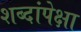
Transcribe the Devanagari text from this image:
शब्दांपेक्षा